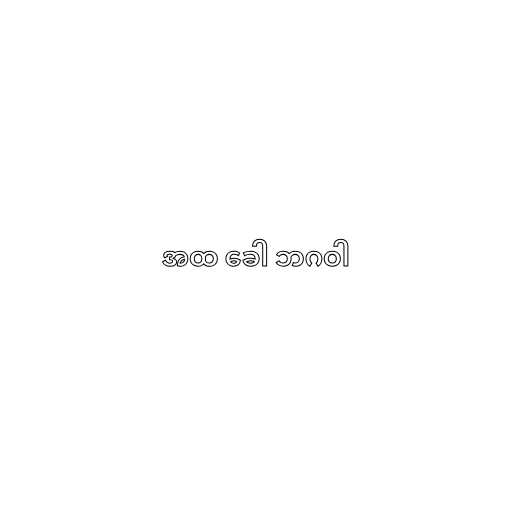
အထ ခေါ ဘဂဝါ